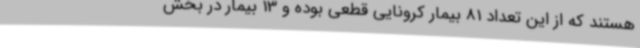
هستند که از این تعداد 81 بیمار کرونایی قطعی بوده و 13 بیمار در بخش